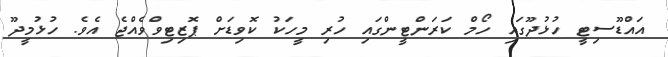
އައްޑޫސިޓީ ހުޅުދޫގައި ހޯމް ކަރަންޓީންގައި ހުރި މީހަކު ކޮވިޑަށް ޕޮޒިޓިވްވެއްޖެ އެވެ. ހުޅުމީދޫ